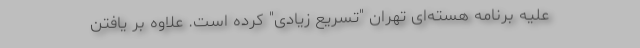
علیه برنامه هسته‌ای تهران "تسریع زیادی" کرده است. علاوه بر یافتن